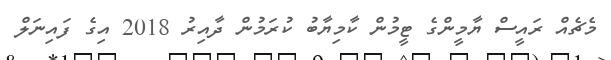
މެޗެއް ރައީސް ޔާމީންގެ ޓީމުން ކާމިޔާބު ކުރަމުން ދާއިރު 2018 އިގެ ފައިނަލް